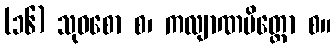
(၁၆) သုဝစော စ၊ ကလျာဏမိတ္တော စ။